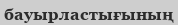
бауырластығының